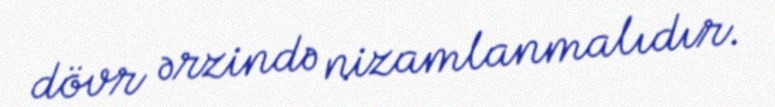
dövr ərzində nizamlanmalıdır.